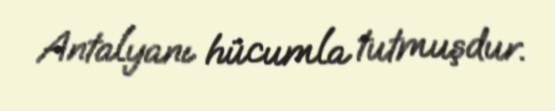
Antalyanı hücumla tutmuşdur.